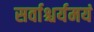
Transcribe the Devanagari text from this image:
सर्वाश्चर्यमयं